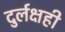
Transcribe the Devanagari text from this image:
दुर्लक्षही